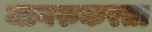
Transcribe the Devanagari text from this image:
जागरुकरता